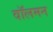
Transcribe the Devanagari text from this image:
वॉलमन